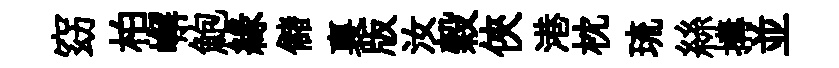
窈柏嶰鮑緣儲裏版汝穀俠港枕琉絲搆並